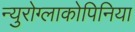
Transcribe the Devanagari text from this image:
न्युरोग्लाकोपिनिया